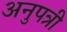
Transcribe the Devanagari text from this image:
अनुपत्री